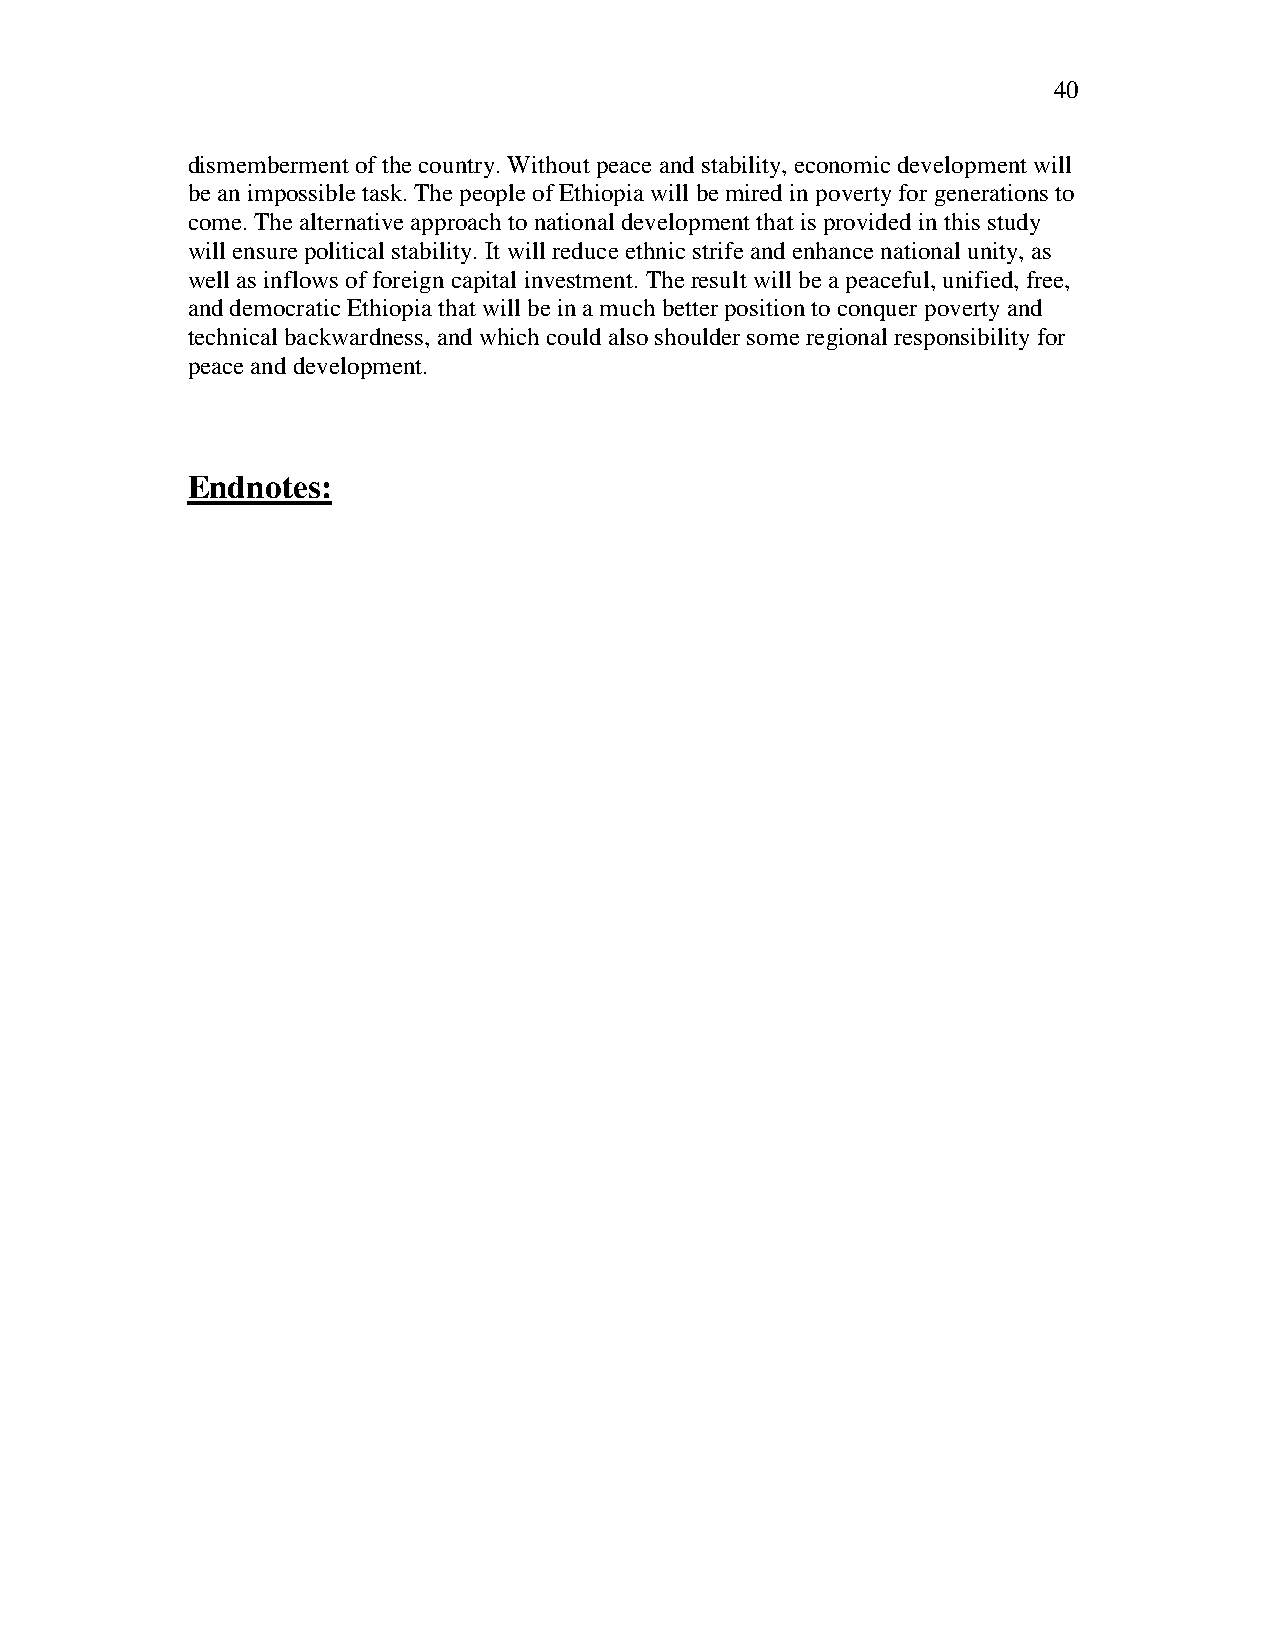
40
 dismemberment of the country. Without peace and stability, economic development will
 be an impossible task. The people of Ethiopia will be mired in poverty for generations to
 come. The alternative approach to national development that is provided in this study
 will ensure political stability. It will reduce ethnic strife and enhance national unity, as
 well as inflows of foreign capital investment. The result will be a peaceful, unified, free,
 and democratic Ethiopia that will be in a much better position to conquer poverty and
 technical backwardness, and which could also shoulder some regional responsibility for
 peace and development.
 Endnotes: